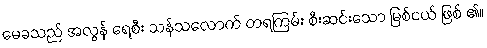
မေခသည် အလွန် ရေစီး သန်သလောက် တရကြမ်း စီးဆင်းသော မြစ်ငယ် ဖြစ် ၏။